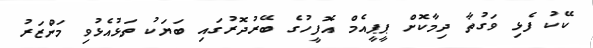
ކޭކު ފެޅި ވަގުތާ ދިމާކޮށް ޕީޕީއެމް އޮފީހުގެ ބޭރުދޮރުގައި ބަޔަކު ތަޅުއެޅުވި މަންޒަރު